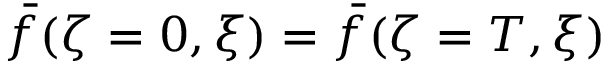
\bar { f } ( \zeta = 0 , \xi ) = \bar { f } ( \zeta = T , \xi )